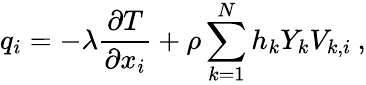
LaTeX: q_{i}=-\lambda\frac{\partial T}{\partial x_{i}}+\rho\sum_{k=1}^{N}h_{k}Y_{k}V_{k,i}\: ,